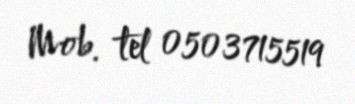
Mob. tel 0503715519